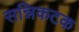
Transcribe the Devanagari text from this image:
सन्निकटक